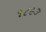
૧૮૯૭